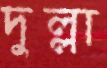
দুল্লা